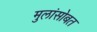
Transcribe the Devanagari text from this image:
मुलांसोबत